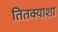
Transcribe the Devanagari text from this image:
तितक्याशा